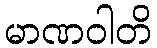
မာဏဝါတိ